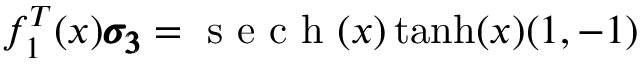
f _ { 1 } ^ { T } ( x ) \pmb { \sigma _ { 3 } } = \mathrm { ~ s ~ e ~ c ~ h ~ } ( x ) \operatorname { t a n h } ( x ) ( 1 , - 1 )